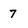
Character: 7